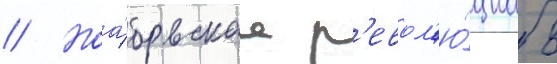
// Ноа́брьскаа р'евол'ю́циа в